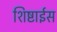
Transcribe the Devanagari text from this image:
शिष्टाईस